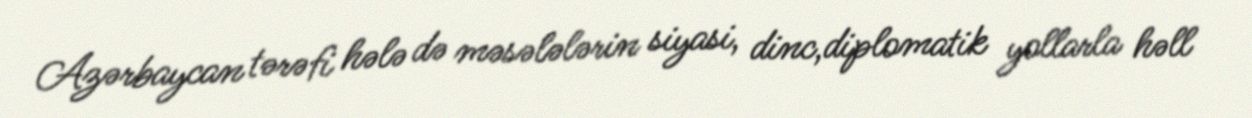
Azərbaycan tərəfi hələ də məsələlərin siyasi, dinc,diplomatik yollarla həll